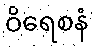
ဝိရေစနံ